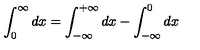
\int _ { 0 } ^ { \infty } d x = \int _ { - \infty } ^ { + \infty } d x - \int _ { - \infty } ^ { 0 } d x